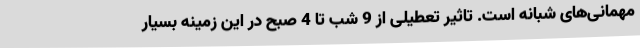
مهمانی‌های شبانه است. تاثیر تعطیلی از 9 شب تا 4 صبح در این زمینه بسیار